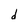
Character: d